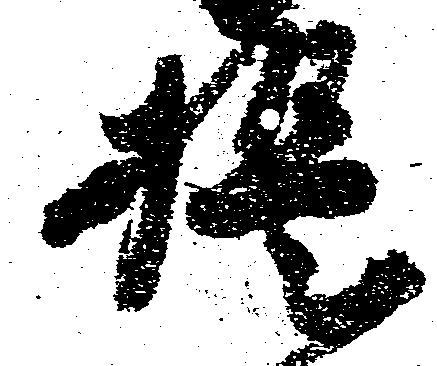
提